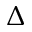
\Delta